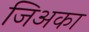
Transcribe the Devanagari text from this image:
जिअका